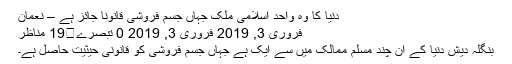
دنیا کا وہ واحد اسلامی ملک جہاں جسم فروشی قانوناََ جائز ہے – نعمان
فروری 3, 2019 فروری 3, 2019 0 تبصرے	19 مناظر
بنگلہ دیش دنیا کے ان چند مسلم ممالک میں سے ایک ہے جہاں جسم فروشی کو قانونی حیثیت حاصل ہے۔